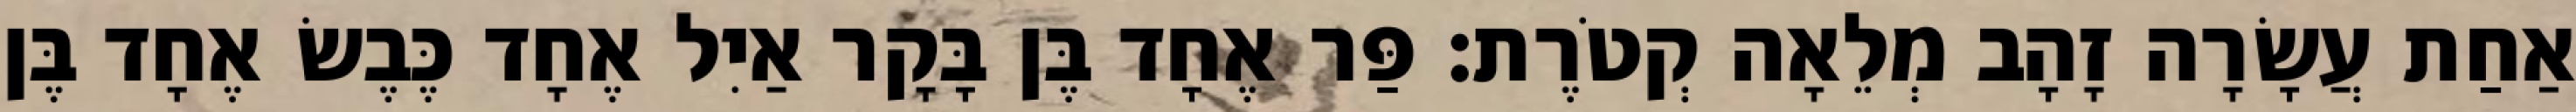
אַחַת עֲשָׂרָה זָהָב מְלֵאָה קְטֹרֶת׃ פַּר אֶחָד בֶּן בָּקָר אַיִל אֶחָד כֶּבֶשׂ אֶחָד בֶּן